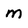
Character: m